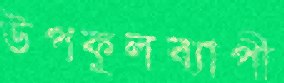
উপকূলব্যাপী